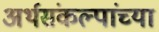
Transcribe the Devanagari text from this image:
अर्थसंकल्पांच्या